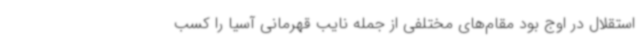
استقلال در اوج بود مقام‌های مختلفی از جمله نایب قهرمانی آسیا را کسب